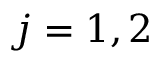
j = 1 , 2